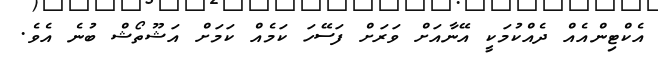
އެކްޓިންއެއް ދެއްކުމަކީ އޭނާއަށް ވަރަށް ފަސޭހަ ކަމެއް ކަމަށް އަޝޫތޯޝް ބުނެ އެވެ.